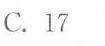
C.17